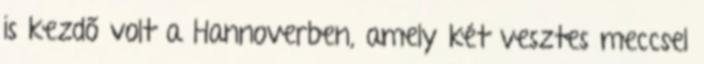
is kezdő volt a Hannoverben, amely két vesztes meccsel